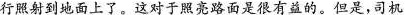
行照射到地面上了。这对于照亮路面是很有益的。但是，司机